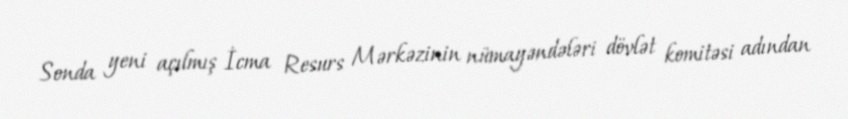
Sonda yeni açılmış İcma Resurs Mərkəzinin nümayəndələri dövlət komitəsi adından